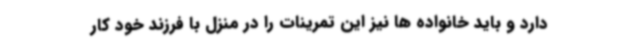
دارد و باید خانواده ها نیز این تمرینات را در منزل با فرزند خود کار